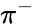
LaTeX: \pi^{-}